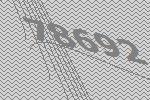
78692